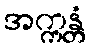
အက္ကန္တံ